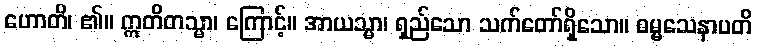
ဟောတိ၊ ၏။ ဣတိတသ္မာ၊ ကြောင့်။ အာယသ္မာ၊ ရှည်သော သက်တော်ရှိသော။ ဓမ္မသေနာပတိ